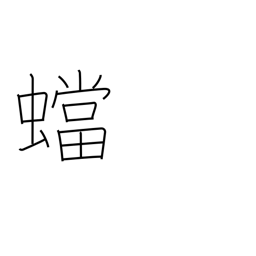
Meaning: mantis